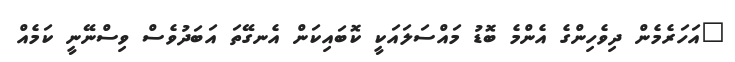
"އަހަރެމެން ދިވެހިންގެ އެންމެ ބޮޑު މައްސަލައަކީ ކޮބައިކަން އެނގޭތަ އަބަދުވެސް ވިސްނޭނީ ކަމެއް